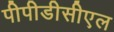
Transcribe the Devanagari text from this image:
पीपीडीसीएल